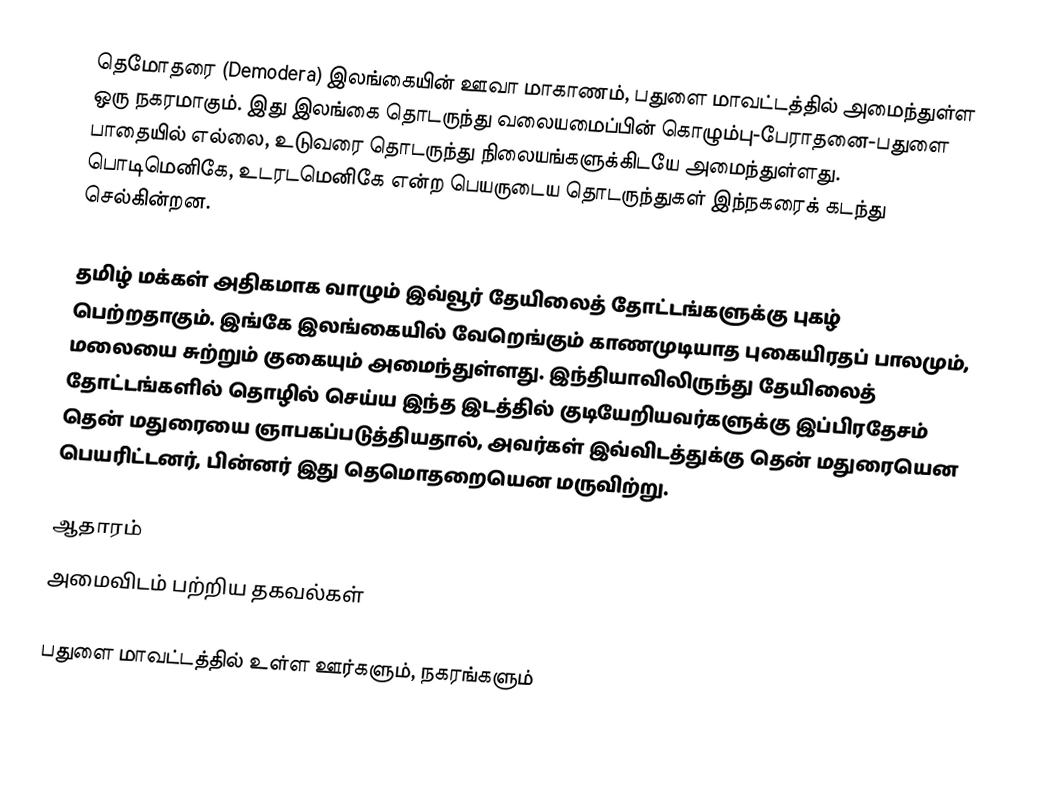
தெமோதரை (Demodera) இலங்கையின்  ஊவா மாகாணம், பதுளை மாவட்டத்தில் அமைந்துள்ள ஒரு நகரமாகும். இது இலங்கை தொடருந்து வலையமைப்பின் கொழும்பு-பேராதனை-பதுளை பாதையில் எல்லை, உடுவரை தொடருந்து நிலையங்களுக்கிடயே அமைந்துள்ளது. பொடிமெனிகே,   உடரடமெனிகே என்ற பெயருடைய தொடருந்துகள் இந்நகரைக் கடந்து செல்கின்றன.

தமிழ் மக்கள் அதிகமாக வாழும் இவ்வூர் தேயிலைத் தோட்டங்களுக்கு புகழ் பெற்றதாகும். இங்கே இலங்கையில் வேறெங்கும் காணமுடியாத புகையிரதப் பாலமும், மலையை சுற்றும் குகையும் அமைந்துள்ளது. இந்தியாவிலிருந்து தேயிலைத் தோட்டங்களில் தொழில் செய்ய இந்த இடத்தில் குடியேறியவர்களுக்கு இப்பிரதேசம் தென் மதுரையை ஞாபகப்படுத்தியதால், அவர்கள் இவ்விடத்துக்கு தென் மதுரையென பெயரிட்டனர், பின்னர் இது தெமொதறையென மருவிற்று.

ஆதாரம்
அமைவிடம் பற்றிய தகவல்கள்

பதுளை மாவட்டத்தில் உள்ள ஊர்களும், நகரங்களும்